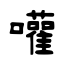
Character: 嚾